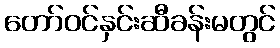
တော်ဝင်နှင်းဆီခန်းမတွင်